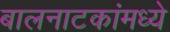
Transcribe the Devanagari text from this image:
बालनाटकांमध्ये